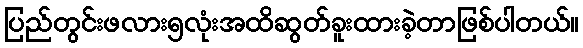
ပြည်တွင်းဖလား၅လုံးအထိဆွတ်ခူးထားခဲ့တာဖြစ်ပါတယ်။